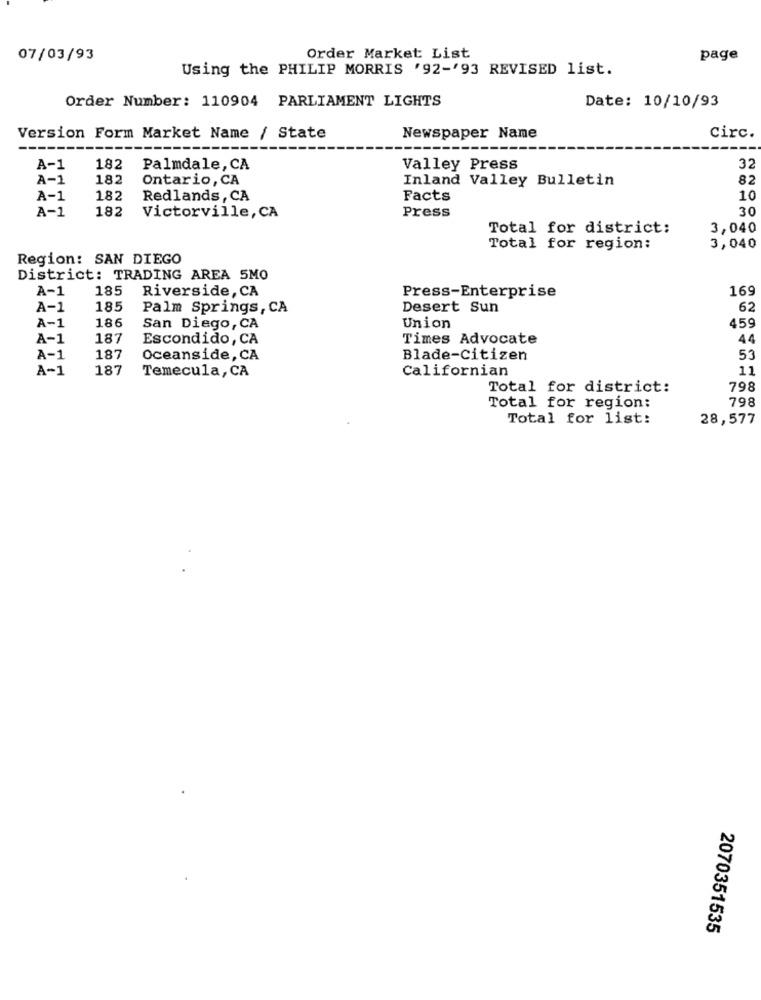
07/03/93
Order Market: List
page
Using the PHILIP MORRIS '92-'93 REVISED list.
Order Number: 110904 PARLIAMENT LIGHTS
Date: 10/10/93
Version Form Market Name / State
Newspaper Name
Circ.
A-1
182
Palmdale, CA
Valley Press
32
A-1
182
Ontario, CA
Inland Valley Bulletin
82
A-1
182
Redlands, CA
Facts
10
A-1
182
30
Victorville, CA
Press
Total for district:
3,040
Total for region:
3,040
Region: SAN DIEGO
District: TRADING AREA 5MO
A-1
185
Riverside, CA
Press-Enterprise
169
A-1
185
Palm Springs, CA
Desert Sun
62
A-1
186
San Diego, CA
Union
459
A-1
187
Escondido, CA
Times Advocate
44
A-1
187
Oceanside, CA
Blade-Citizen
53
A-1
187
Californian
11
Temecula, CA
Total for district:
798
Total for region:
798
Total for list:
28,577
2070351535